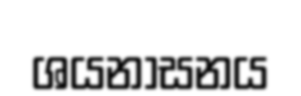
ශයනාසනය